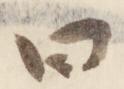
曰